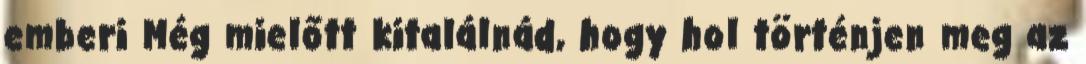
emberi Még mielőtt kitalálnád, hogy hol történjen meg az